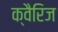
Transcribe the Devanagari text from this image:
क्वैरिज